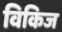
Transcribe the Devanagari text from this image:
विकिज